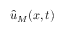
\hat { u } _ { M } ( \boldsymbol { x } , t )